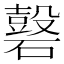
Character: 𥖗